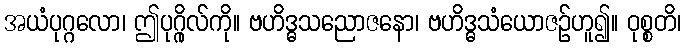
အယံပုဂ္ဂလော၊ ဤပုဂ္ဂိုလ်ကို။ ဗဟိဒ္ဓသညောဇနော၊ ဗဟိဒ္ဓသံယောဇဉ်ဟူ၍။ ဝုစ္စတိ၊